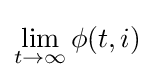
\lim _{t\rightarrow \infty }\phi (t,i)